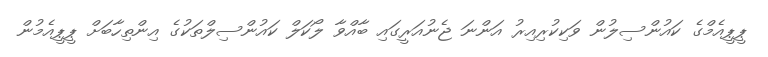
ޕީޕީއެމްގެ ކައުންސިލުން ވަކިކުރިއިރު އަންނަ ޖެނުއަރީގައި ބާއްވާ ލޯކަލް ކައުންސިލްތަކުގެ އިންތިހާބަށް ޕީޕީއެމުން